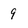
Character: 9